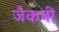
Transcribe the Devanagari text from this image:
जैकबी